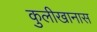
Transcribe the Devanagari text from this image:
कुलीखानास